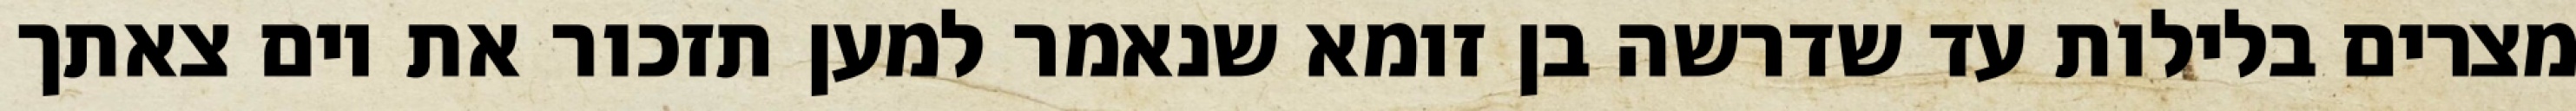
מצרים בלילות עד שדרשה בן זומא שנאמר למען תזכור את יום צאתך